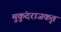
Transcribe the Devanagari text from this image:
मुकुंदराजकृत